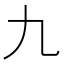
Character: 九